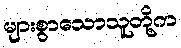
များစွာသောသူတို့က